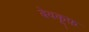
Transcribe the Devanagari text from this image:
बेवकू़फ़